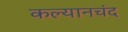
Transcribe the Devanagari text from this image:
कल्यानचंद